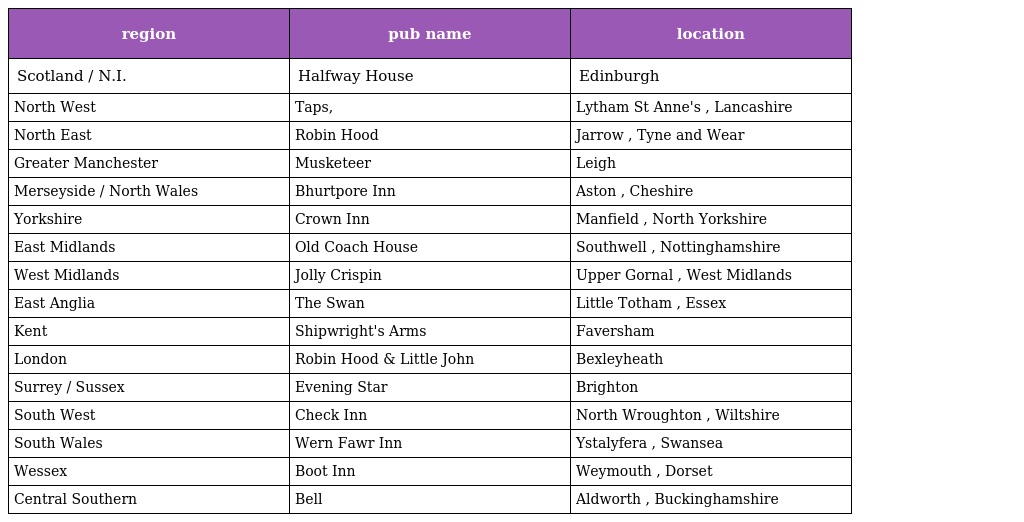
| region | pub name | location |
 | --- | --- | --- |
 | Scotland / N.I. | Halfway House | Edinburgh |
 | North West | Taps, | Lytham St Anne's , Lancashire |
 | North East | Robin Hood | Jarrow , Tyne and Wear |
 | Greater Manchester | Musketeer | Leigh |
 | Merseyside / North Wales | Bhurtpore Inn | Aston , Cheshire |
 | Yorkshire | Crown Inn | Manfield , North Yorkshire |
 | East Midlands | Old Coach House | Southwell , Nottinghamshire |
 | West Midlands | Jolly Crispin | Upper Gornal , West Midlands |
 | East Anglia | The Swan | Little Totham , Essex |
 | Kent | Shipwright's Arms | Faversham |
 | London | Robin Hood & Little John | Bexleyheath |
 | Surrey / Sussex | Evening Star | Brighton |
 | South West | Check Inn | North Wroughton , Wiltshire |
 | South Wales | Wern Fawr Inn | Ystalyfera , Swansea |
 | Wessex | Boot Inn | Weymouth , Dorset |
 | Central Southern | Bell | Aldworth , Buckinghamshire |